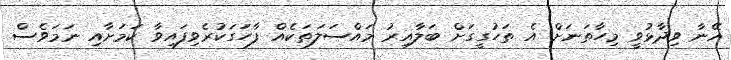
އޭނާ ވިދާޅުވީ މިހާތަނަށް އެ ތަހުގީގަށް ބަލާއިރު މައްސަލަތަކެއް ފާހަގަކުރެވިފައިވާ ކަމަށާއި ނަމަވެސް